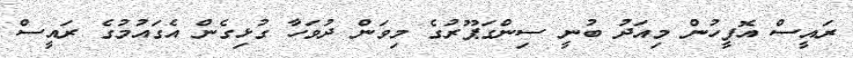
ރައީސް އޮފީހުން މިއަދު ބުނީ ސިންގަޕޫރުގެ މިވަން ދުވަހާ ގުޅިގެން އެގައުމުގެ ރައީސް